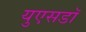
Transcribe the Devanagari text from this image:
युएसडॉ